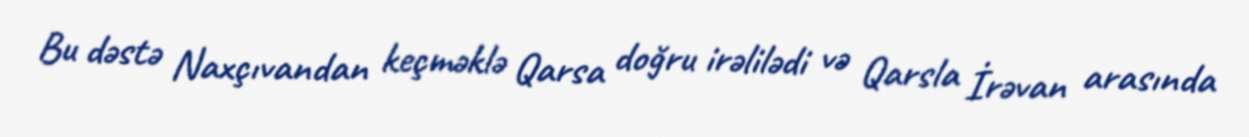
Bu dəstə Naxçıvandan keçməklə Qarsa doğru irəlilədi və Qarsla İrəvan arasında